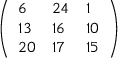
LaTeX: \left( \begin{array} { l l l } { 6 } & { 2 4 } & { 1 } \\ { 1 3 } & { 1 6 } & { 1 0 } \\ { 2 0 } & { 1 7 } & { 1 5 } \end{array} \right)